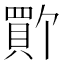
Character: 𫎚